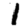
Digit: 1